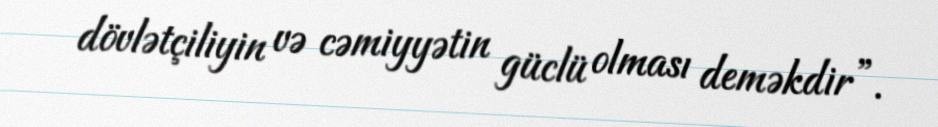
dövlətçiliyin və cəmiyyətin güclü olması deməkdir”.